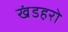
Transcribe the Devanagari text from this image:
खंडहरो